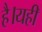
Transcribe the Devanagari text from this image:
है।यहीं